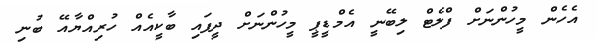
އެހެން މީހުންނަށް ފްލެޓް ލިބޭނީ އެމްޑީޕީ މީހުންނަށް ދީފައި ބާކީއެއް ހުރިއްޔާއޭ ބުނި